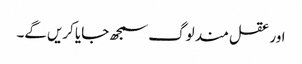
اور عقل مند لوگ سمجھ جایا کریں‌گے۔